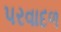
પરવાદળ